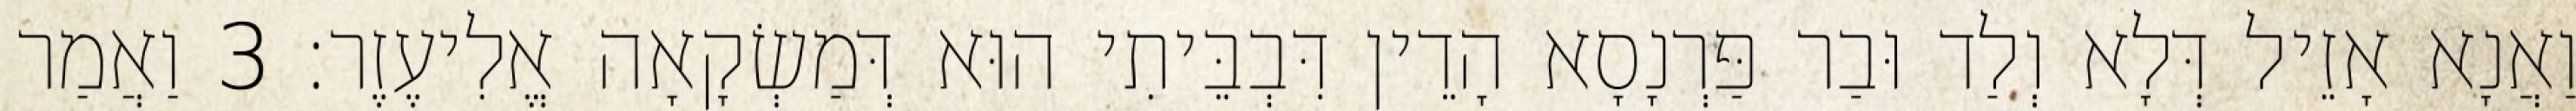
וַאֲנָא אָזֵיל דְּלָא וְלַד וּבַר פַּרְנָסָא הָדֵין דִּבְבֵּיתִי הוּא דְּמַשְׂקָאָה אֱלִיעֶזֶר׃ 3 וַאֲמַר